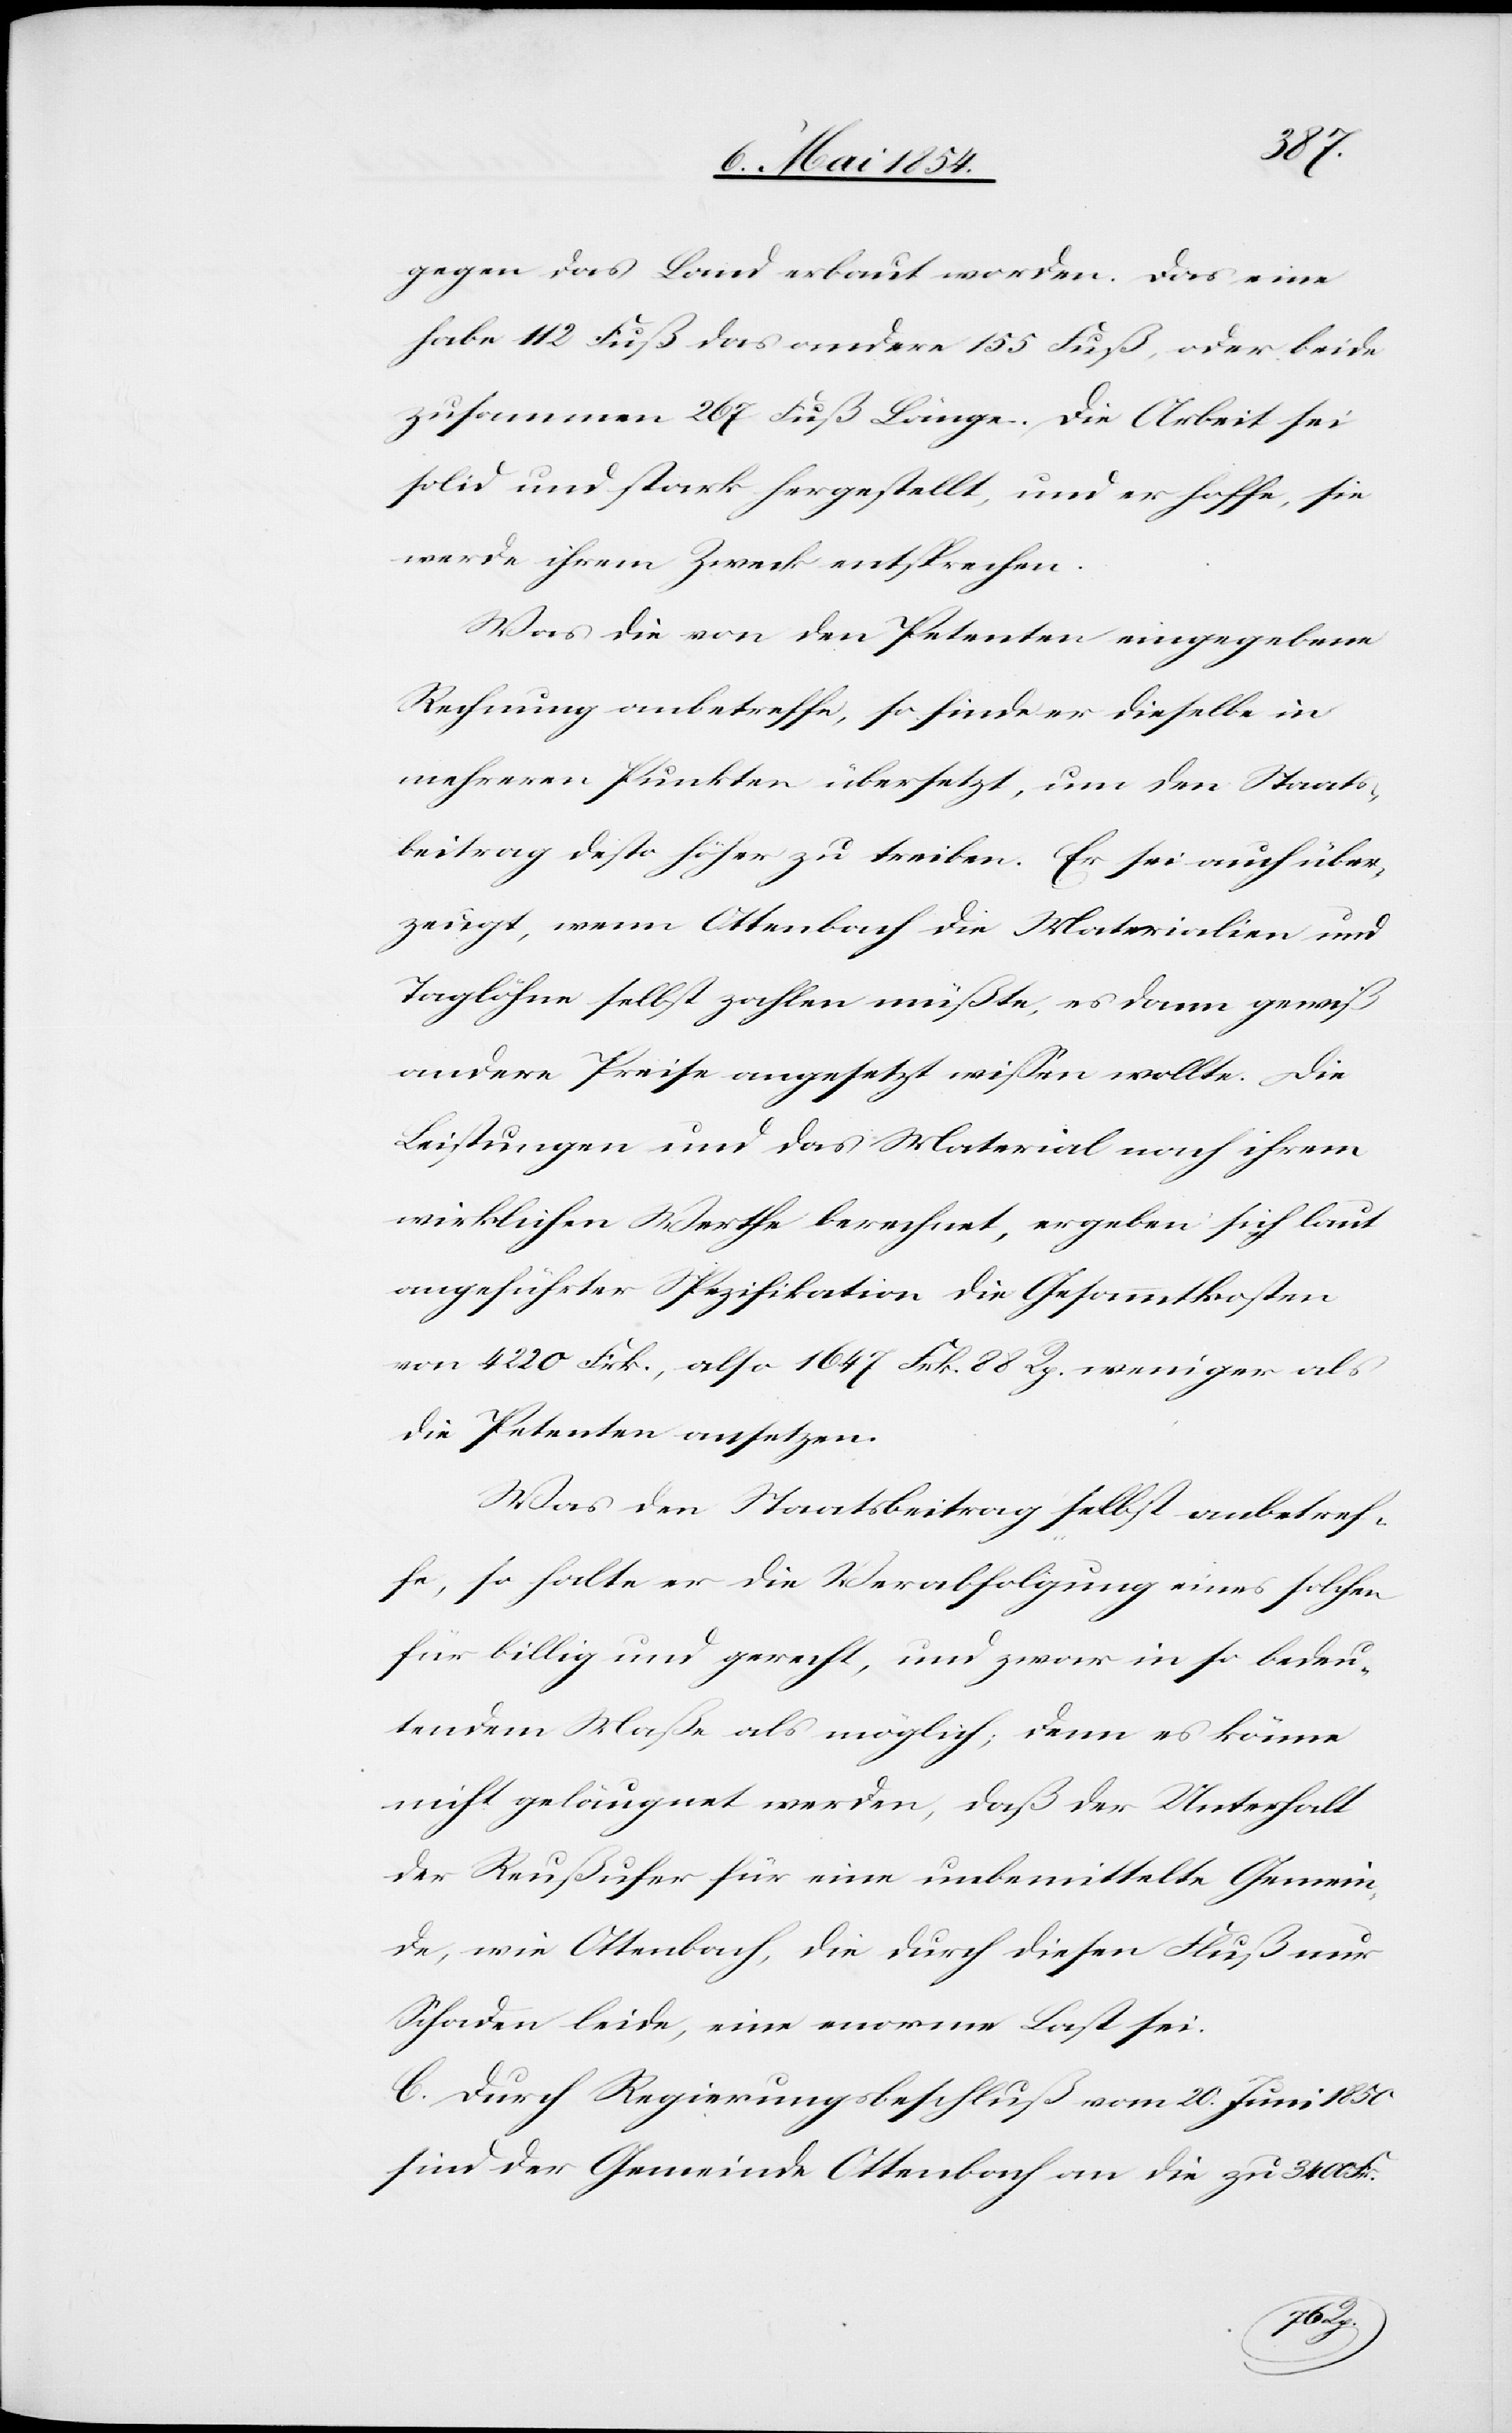
gegen das Land erbaut worden. Das eine
habe 112 Fuß das andere 155 Fuß, oder beide
zusammen 267 Fuß Länge. Die Arbeit sei
solid und stark hergestellt, und er hoffe, sie
werde ihrem Zweck entsprechen.
Was die von den Petenten eingegebene
Rechnung anbetreffe, so finde er dieselbe in
mehreren Punkten übersetzt, um den Staats¬
beitrag desto höher zu treiben. Er sei auch über¬
zeugt, wenn Ottenbach die Materialien und
Taglöhne selbst zahlen müßte, es dann gewiß
andere Preise angesetzt wißen wollte. Die
Leistungen und das Material nach ihrem
wirklichen Werthe berechnet, ergeben sich laut
angeführter Spezifikation die Gesammtkosten
von 4220 Frk., also 1647 Frk. 88 Rp. weniger als
die Petenten ansetzen.
Was den Staatsbeitrag selbst anbetref¬
fe, so halt er die Verabfolgung eine solchen
für billig und gerecht, und zwar in so bedeu¬
tendem Maße als möglich; denn es könne
nicht geläugnet werden, daß der Unterhalt
der Reußufer für eine unbemittelte Gemein¬
de, wie Ottenbach, die durch diesen Fluß nur
Schaden leide, eine enorme Last sei.
C. Durch Regierungsbeschluß vom 20. Juni 1850
sind der Gemeinde Ottenbach an die zu 3400
Frk.